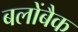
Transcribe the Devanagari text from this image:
बलोंबैक